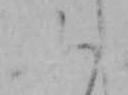
ふ